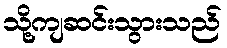
သို့ကျဆင်းသွားသည်